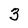
Character: 3